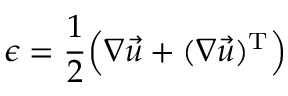
\epsilon = \frac { 1 } { 2 } \Big ( \nabla \vec { u } + ( \nabla \vec { u } ) ^ { \mathrm { T } } \Big )